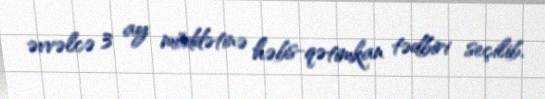
əvvəlcə 3 ay müddətinə həbs-qətimkan tədbiri seçilib.